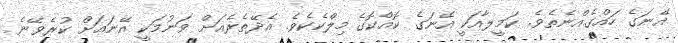
އޭނަގެ ހައްގެއްނެތެވެ. ކަމީލާއަކީ އޭނަގެ ކޮއްކޮގެ މިލްކެކެވެ. އެދޭތެރެއަށް ވަނުމަކީ އޭނައަށް ކުރެވޭނެ